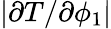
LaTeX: |\partial T/\partial\phi_{1}|